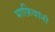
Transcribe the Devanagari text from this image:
माफ़ियांनी